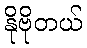
နိုဗိုတယ်